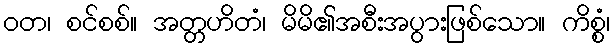
ဝတ၊ စင်စစ်။ အတ္တဟိတံ၊ မိမိ၏အစီးအပွားဖြစ်သော။ ကိစ္စံ၊